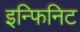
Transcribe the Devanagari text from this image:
इन्फिनिट